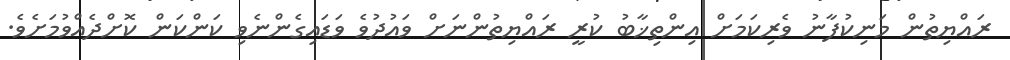
ރައްޔިތުން މަނިކުފާނު ވެރިކަމަށް އިންތިޚާބު ކުރީ ރައްޔިތުންނަށް ވައުދުވެ ވަޑައިގެންނެވި ކަންކަން ކޮށްދެއްވުމަށެވެ.